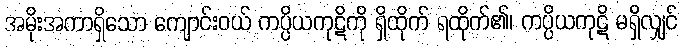
အမိုးအကာရှိသော ကျောင်းဝယ် ကပ္ပိယကုဋိကို ရှိထိုက် ရထိုက်၏၊ ကပ္ပိယကုဋိ မရှိလျှင်